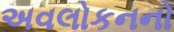
અવલોકનનો